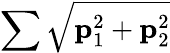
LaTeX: \sum\sqrt{\mathbf{p}_{1}^{2}+\mathbf{p}_{2}^{2}}